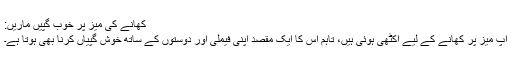
کھانے کی میز پر خوب گپیں ماریں:
آپ میز پر کھانے کے لیے اکٹھی ہوئی ہیں، تاہم اس کا ایک مقصد اپنی فیملی اور دوستوں کے ساتھ خوش گپیاں کرنا بھی ہوتا ہے۔